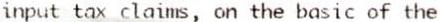
INPUT TAX CLAIMS, ON THE BASIC OF THE